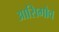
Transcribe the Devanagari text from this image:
आसिमोव